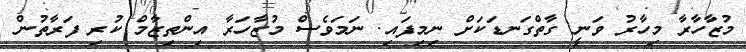
މުޒާހާރާ މިހާރު ވަނީ ގާތްގަނޑަކަށް ނިމިފައި. ނަމަވެސް މުޒާހަރާ އިންތިޒާމް ކުރި ފަރާތުން